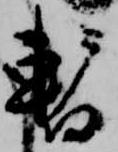
暫